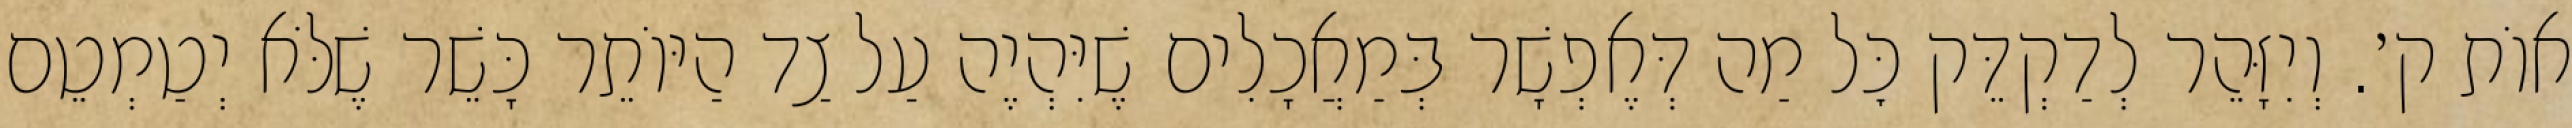
אוֹת ק׳. וְיִזָּהֵר לְדַקְדֵּק כׇּל מַה דְּאֶפְשָׁר בְּמַאֲכָלִים שֶׁיִּהְיֶה עַל צַד הַיּוֹתֵר כָּשֵׁר שֶׁלֹּא יְטַמְטֵם